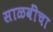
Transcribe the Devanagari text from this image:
साळवींचा